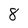
Character: 8